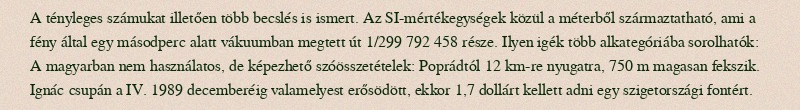
A tényleges számukat illetően több becslés is ismert. Az SI-mértékegységek közül a méterből származtatható, ami a fény által egy másodperc alatt vákuumban megtett út 1/299 792 458 része. Ilyen igék több alkategóriába sorolhatók: A magyarban nem használatos, de képezhető szóösszetételek: Poprádtól 12 km-re nyugatra, 750 m magasan fekszik. Ignác csupán a IV. 1989 decemberéig valamelyest erősödött, ekkor 1,7 dollárt kellett adni egy szigetországi fontért.